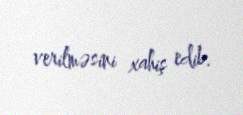
verilməsini xahiş edib.